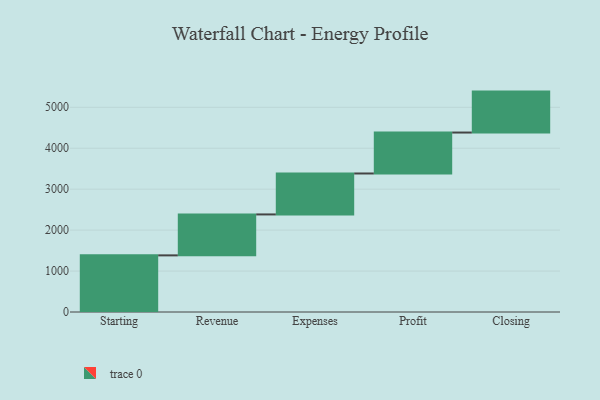
{"axis": {"x": "Step", "y": "Value"}, "legend": [""], "data": [{"x": "Starting", "y": 1383.0, "type": ""}, {"x": "Revenue", "y": 1000, "type": ""}, {"x": "Expenses", "y": 1000, "type": ""}, {"x": "Profit", "y": 1000, "type": ""}, {"x": "Closing", "y": 1000, "type": ""}]}